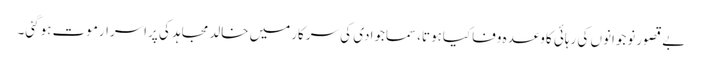
بے قصورنوجوانوں کی رہائی کاوعدہ وفاکیاہوتا،سماجوادی کی سرکارمیں خالدمجاہد کی پراسرارموت ہوگئی۔